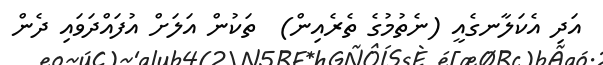
އަދި އެކަލާނގެއީ (ނެތުމުގެ ތެރެއިން)  ތަކުން އަލަށް އުފައްދަވައި ދެން